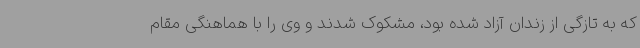
که به تازگی از زندان آزاد شده بود، مشکوک شدند و وی را با هماهنگی مقام